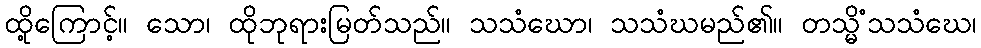
ထို့ကြောင့်။ သော၊ ထိုဘုရားမြတ်သည်။ သသံဃော၊ သသံဃမည်၏။ တသ္မိံသသံဃေ၊